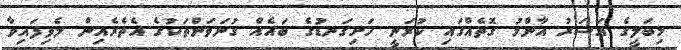
މިބަލީގެ އަސަރު އާންމު ގޮތެއްގައި ކުރަނީ ހަށިގަނޑުގެ ބައެއް ގުނަވަންތަކުގެ އެތެރެއިން ލެވިފައިވާ